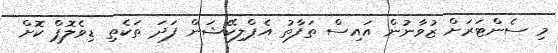
މި ސެންޓަރަށް ޒުވާނުން އައިސް ތަފާތު އެޕްލިކޭޝަން ފަދަ ތަކެތި ޑިވެލޮޕް ކޮށް